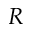
R